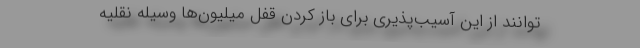
توانند از این آسیب‌پذیری برای باز کردن قفل میلیون‌ها وسیله نقلیه